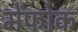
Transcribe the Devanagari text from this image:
मेंफोक